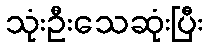
သုံးဦးသေဆုံးပြီး